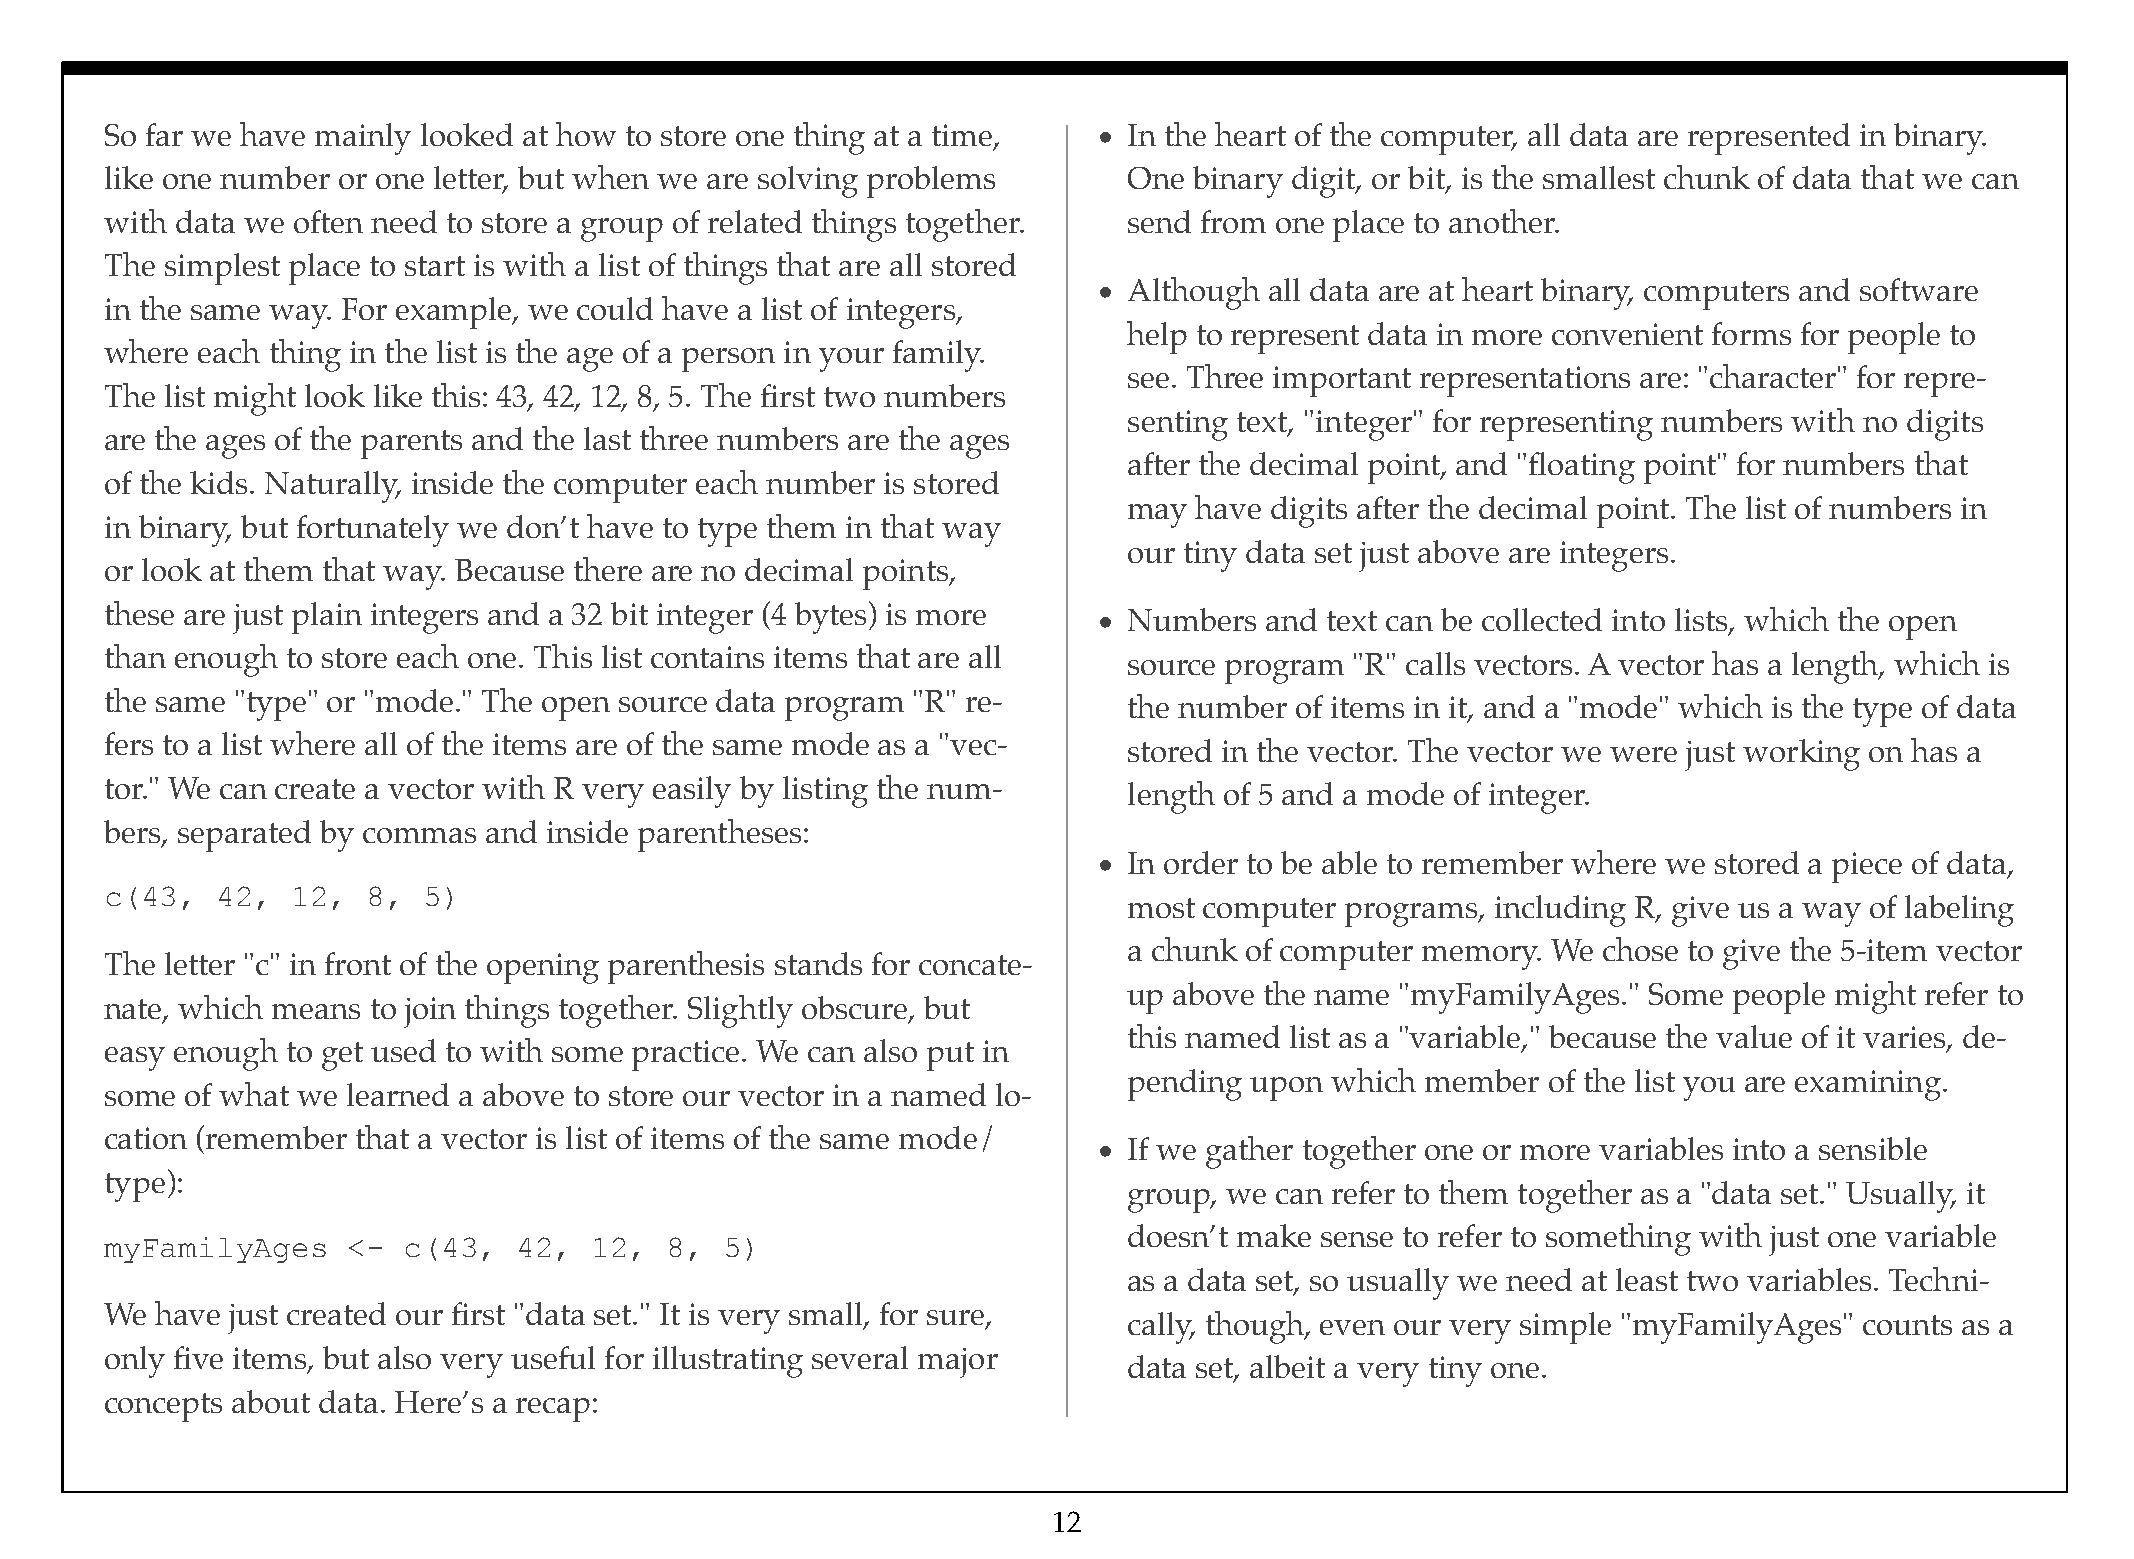
So far we have mainly looked at how to store one thing at a time, • In the heart of the computer, all data are represented in binary.
 like one number or one letter, but when we are solving problems     One binary digit, or bit, is the smallest chunk of data that we can
 with data we often need to store a group of related things together. send from one place to another.
 The simplest place to start is with a list of things that are all stored
 • Although all data are at heart binary, computers and software
 in the same way. For example, we could have a list of integers,
 help to represent data in more convenient forms for people to
 where each thing in the list is the age of a person in your family.
 see. Three important representations are: "character" for repre-
 The list might look like this: 43, 42, 12, 8, 5. The first two numbers
 senting text, "integer" for representing numbers with no digits
 are the ages of the parents and the last three numbers are the ages
 after the decimal point, and "floating point" for numbers that
 of the kids. Naturally, inside the computer each number is stored
 may have digits after the decimal point. The list of numbers in
 in binary, but fortunately we don’t have to type them in that way
 our tiny data set just above are integers.
 or look at them that way. Because there are no decimal points,
 these are just plain integers and a 32 bit integer (4 bytes) is more
 • Numbers  and text can be collected into lists, which the open
 than enough to store each one. This list contains items that are all
 source program "R" calls vectors. A vector has a length, which is
 the same "type" or "mode." The open source data program "R" re-
 the number of items in it, and a "mode" which is the type of data
 fers to a list where all of the items are of the same mode as a "vec-
 stored in the vector. The vector we were just working on has a
 tor." We can create a vector with R very easily by listing the num-
 length of 5 and a mode of integer.
 bers, separated by commas and inside parentheses:
 • In order to be able to remember where we stored a piece of data,
 c(43,  42,  12,  8,  5)
 most computer programs, including R, give us a way of labeling
 a chunk of computer memory. We chose to give the 5-item vector
 The letter "c" in front of the opening parenthesis stands for concate-
 up above the name "myFamilyAges." Some  people might refer to
 nate, which means to join things together. Slightly obscure, but
 this named list as a "variable," because the value of it varies, de-
 easy enough to get used to with some practice. We can also put in
 pending upon which member  of the list you are examining.
 some of what we learned a above to store our vector in a named lo-
 cation (remember that a vector is list of items of the same mode/
 • If we gather together one or more variables into a sensible
 type):
 group, we can refer to them together as a "data set." Usually, it
 doesn’t make sense to refer to something with just one variable
 myFamilyAges    <-  c(43,  42,  12,  8,  5)
 as a data set, so usually we need at least two variables. Techni-
 We have just created our first "data set." It is very small, for sure,
 cally, though, even our very simple "myFamilyAges" counts as a
 only five items, but also very useful for illustrating several major
 data set, albeit a very tiny one.
 concepts about data. Here’s a recap:
 12